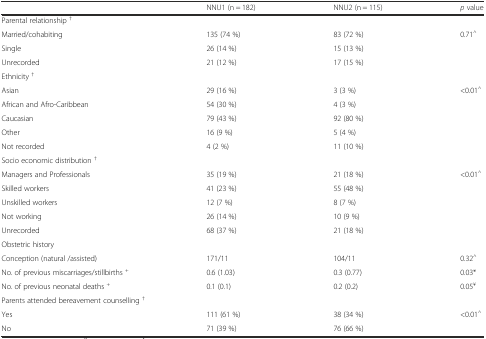
<table><thead><tr><td>[EMPTY_CELL]</td><td><b>NNU1 (n = 182)</b></td><td><b>NNU2 (n = 115)</b></td><td><b><i>p</i> value</b></td></tr></thead><tbody><tr><td colspan="4">Parental relationship <sup>†</sup></td></tr><tr><td>Married/cohabiting</td><td>135 (74 %)</td><td>83 (72 %)</td><td rowspan="3">0.71<sup>^</sup></td></tr><tr><td>Single</td><td>26 (14 %)</td><td>15 (13 %)</td></tr><tr><td>Unrecorded</td><td>21 (12 %)</td><td>17 (15 %)</td></tr><tr><td colspan="4">Ethnicity <sup>†</sup></td></tr><tr><td>Asian</td><td>29 (16 %)</td><td>3 (3 %)</td><td rowspan="5">&lt;0.01<sup>^</sup></td></tr><tr><td>African and Afro-Caribbean</td><td>54 (30 %)</td><td>4 (3 %)</td></tr><tr><td>Caucasian</td><td>79 (43 %)</td><td>92 (80 %)</td></tr><tr><td>Other</td><td>16 (9 %)</td><td>5 (4 %)</td></tr><tr><td>Not recorded</td><td>4 (2 %)</td><td>11 (10 %)</td></tr><tr><td colspan="4">Socio economic distribution <sup>†</sup></td></tr><tr><td>Managers and Professionals</td><td>35 (19 %)</td><td>21 (18 %)</td><td rowspan="5">&lt;0.01<sup>^</sup></td></tr><tr><td>Skilled workers</td><td>41 (23 %)</td><td>55 (48 %)</td></tr><tr><td>Unskilled workers</td><td>12 (7 %)</td><td>8 (7 %)</td></tr><tr><td>Not working</td><td>26 (14 %)</td><td>10 (9 %)</td></tr><tr><td>Unrecorded</td><td>68 (37 %)</td><td>21 (18 %)</td></tr><tr><td colspan="4">Obstetric history</td></tr><tr><td>Conception (natural /assisted)</td><td>171/11</td><td>104/11</td><td>0.32<sup>^</sup></td></tr><tr><td>No. of previous miscarriages/stillbirths <sup>+</sup></td><td>0.6 (1.03)</td><td>0.3 (0.77)</td><td>0.03*</td></tr><tr><td>No. of previous neonatal deaths <sup>+</sup></td><td>0.1 (0.1)</td><td>0.2 (0.2)</td><td>0.05<sup>¥</sup></td></tr><tr><td colspan="4">Parents attended bereavement counselling <sup>†</sup></td></tr><tr><td>Yes</td><td>111 (61 %)</td><td>38 (34 %)</td><td rowspan="2">&lt;0.01<sup>^</sup></td></tr><tr><td>No</td><td>71 (39 %)</td><td>76 (66 %)</td></tr></tbody></table>